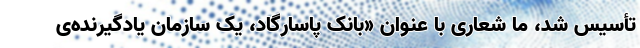
تأسیس شد، ما شعاری با عنوان «بانک پاسارگاد، یک سازمان یادگیرنده‌ی